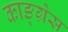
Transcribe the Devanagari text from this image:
काङ्ग्रेस